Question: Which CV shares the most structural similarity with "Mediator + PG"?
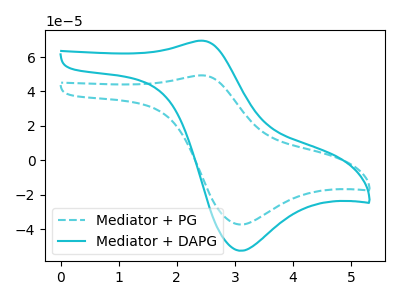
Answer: <think>The cyan dashed curve "Mediator + PG" has an anodic peak at (2.45V, 49.35uA) and a cathodic peak at (3.10V, -37.35uA). The cyan curve "Mediator + DAPG" has an anodic peak at (2.45V, 69.50uA) and a cathodic peak at (3.10V, -52.60uA).
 All the peaks in "Mediator + PG" have a peak in "Mediator + DAPG" at the same potential. Every peak in "Mediator + PG" is lower than every peak in "Mediator + DAPG".</think>
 <answer>The CV with the most similar shape to "Mediator + DAPG" is "Mediator + PG".</answer>
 <eval>"Mediator + PG"</eval>